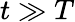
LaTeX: t\gg T